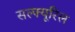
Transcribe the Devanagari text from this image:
सल्फ्यूरिल